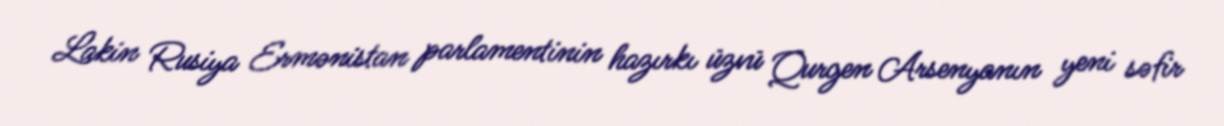
Lakin Rusiya Ermənistan parlamentinin hazırkı üzvü Qurgen Arsenyanın yeni səfir